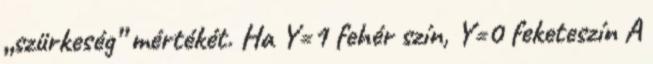
„szürkeség” mértékét. Ha Y=1 fehér szín, Y=0 feketeszín A